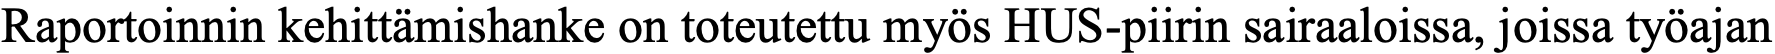
Raportoinnin kehittämishanke on toteutettu myös HUS-piirin sairaaloissa, joissa työajan